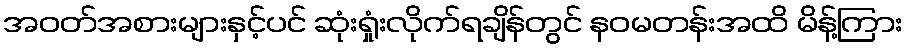
အဝတ်အစားများနှင့်ပင် ဆုံးရှုံးလိုက်ရချိန်တွင် နဝမတန်းအထိ မိန့်ကြား